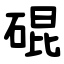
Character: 䃂